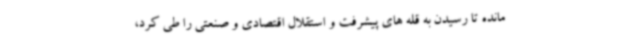
مانده تا رسیدن به قله های پیشرفت و استقلال اقتصادی و صنعتی را طی کرد،